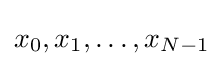
x_{0},x_{1},\ldots ,x_{N-1}